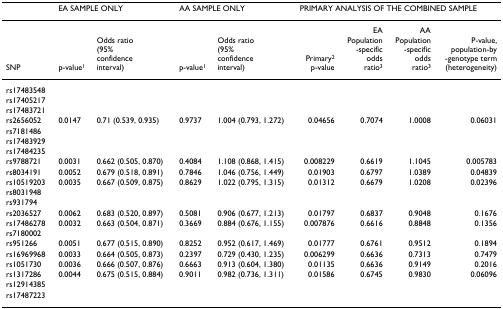
<table><thead><tr><td></td><td colspan="2"><b>EA SAMPLE ONLY</b></td><td colspan="2"><b>AA SAMPLE ONLY</b></td><td colspan="4"><b>PRIMARY ANALYSIS OF THE COMBINED SAMPLE</b></td></tr></thead><tbody><tr><td>SNP</td><td>p-value<sup>1</sup></td><td>Odds ratio(95% confidenceinterval)</td><td>p-value<sup>1</sup></td><td>Odds ratio(95%confidenceinterval)</td><td>Primary<sup>2</sup>p-value</td><td>EAPopulation-specificoddsratio<sup>3</sup></td><td>AAPopulation-specificoddsratio<sup>3</sup></td><td>P-value,population-by-genotype term(heterogeneity)</td></tr><tr><td>rs17483548</td><td></td><td></td><td></td><td></td><td></td><td></td><td></td><td></td></tr><tr><td>rs17405217</td><td></td><td></td><td></td><td></td><td></td><td></td><td></td><td></td></tr><tr><td>rs17483721</td><td></td><td></td><td></td><td></td><td></td><td></td><td></td><td></td></tr><tr><td>rs2656052</td><td>0.0147</td><td>0.71 (0.539, 0.935)</td><td>0.9737</td><td>1.004 (0.793, 1.272)</td><td>0.04656</td><td>0.7074</td><td>1.0008</td><td>0.06031</td></tr><tr><td>rs7181486</td><td></td><td></td><td></td><td></td><td></td><td></td><td></td><td></td></tr><tr><td>rs17483929</td><td></td><td></td><td></td><td></td><td></td><td></td><td></td><td></td></tr><tr><td>rs17484235</td><td></td><td></td><td></td><td></td><td></td><td></td><td></td><td></td></tr><tr><td>rs9788721</td><td>0.0031</td><td>0.662 (0.505, 0.870)</td><td>0.4084</td><td>1.108 (0.868, 1.415)</td><td>0.008229</td><td>0.6619</td><td>1.1045</td><td>0.005783</td></tr><tr><td>rs8034191</td><td>0.0052</td><td>0.679 (0.518, 0.891)</td><td>0.7846</td><td>1.046 (0.756, 1.449)</td><td>0.01903</td><td>0.6797</td><td>1.0389</td><td>0.04839</td></tr><tr><td>rs10519203</td><td>0.0035</td><td>0.667 (0.509, 0.875)</td><td>0.8629</td><td>1.022 (0.795, 1.315)</td><td>0.01312</td><td>0.6679</td><td>1.0208</td><td>0.02396</td></tr><tr><td>rs8031948</td><td></td><td></td><td></td><td></td><td></td><td></td><td></td><td></td></tr><tr><td>rs931794</td><td></td><td></td><td></td><td></td><td></td><td></td><td></td><td></td></tr><tr><td>rs2036527</td><td>0.0062</td><td>0.683 (0.520, 0.897)</td><td>0.5081</td><td>0.906 (0.677, 1.213)</td><td>0.01797</td><td>0.6837</td><td>0.9048</td><td>0.1676</td></tr><tr><td>rs17486278</td><td>0.0032</td><td>0.663 (0.504, 0.871)</td><td>0.3669</td><td>0.884 (0.676, 1.155)</td><td>0.007876</td><td>0.6616</td><td>0.8848</td><td>0.1356</td></tr><tr><td>rs7180002</td><td></td><td></td><td></td><td></td><td></td><td></td><td></td><td></td></tr><tr><td>rs951266</td><td>0.0051</td><td>0.677 (0.515, 0.890)</td><td>0.8252</td><td>0.952 (0.617, 1.469)</td><td>0.01777</td><td>0.6761</td><td>0.9512</td><td>0.1894</td></tr><tr><td>rs16969968</td><td>0.0033</td><td>0.664 (0.505, 0.873)</td><td>0.2397</td><td>0.729 (0.430, 1.235)</td><td>0.006299</td><td>0.6636</td><td>0.7313</td><td>0.7479</td></tr><tr><td>rs1051730</td><td>0.0036</td><td>0.666 (0.507, 0.876)</td><td>0.6663</td><td>0.913 (0.604, 1.380)</td><td>0.01135</td><td>0.6636</td><td>0.9149</td><td>0.2016</td></tr><tr><td>rs1317286</td><td>0.0044</td><td>0.675 (0.515, 0.884)</td><td>0.9011</td><td>0.982 (0.736, 1.311)</td><td>0.01586</td><td>0.6745</td><td>0.9830</td><td>0.06096</td></tr><tr><td>rs12914385</td><td></td><td></td><td></td><td></td><td></td><td></td><td></td><td></td></tr><tr><td>rs17487223</td><td></td><td></td><td></td><td></td><td></td><td></td><td></td><td></td></tr></tbody></table>